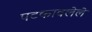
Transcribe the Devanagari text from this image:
पटकावलेले